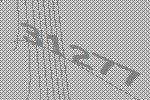
31277